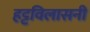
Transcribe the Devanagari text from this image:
हट्टविलासनी